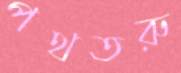
পথতরু